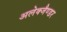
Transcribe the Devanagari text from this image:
अलेक्जैण्डर